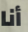
أنا